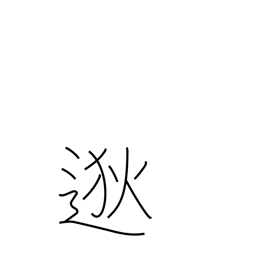
Meaning: far